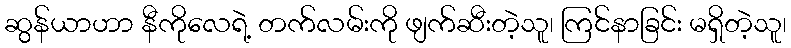
ဆွန်ယာဟာ နီကိုလေရဲ့ တက်လမ်းကို ဖျက်ဆီးတဲ့သူ၊ ကြင်နာခြင်း မရှိတဲ့သူ၊